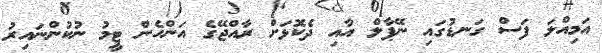
އަމިއްލަ ފަސް ގަނޑުގައި ނޭޕާލް އާއި ދެކޮޅަށް ރާއްޖޭގެ އަންހެން ޓީމު ނުކުންނައިރު